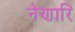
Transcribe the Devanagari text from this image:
नेणारि